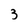
Character: 3